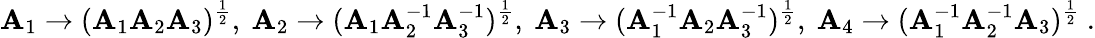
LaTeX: \mathbf{A}_{1}\to(\mathbf{A}_{1}\mathbf{A}_{2}\mathbf{A}_{3})^{\frac{{1}}{{2}}},\ \mathbf{A}_{2}\to(\mathbf{A}_{1}\mathbf{A}_{2}^{-1}\mathbf{A}_{3}^{-1})^{\frac{{1}}{{2}}},\ \mathbf{A}_{3}\to(\mathbf{A}_{1}^{-1}\mathbf{A}_{2}\mathbf{A}_{3}^{-1})^{\frac{{1}}{{2}}},\ \mathbf{A}_{4}\to(\mathbf{A}_{1}^{-1}\mathbf{A}_{2}^{-1}\mathbf{A}_{3})^{\frac{{1}}{{2}}}~.